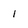
Character: 1